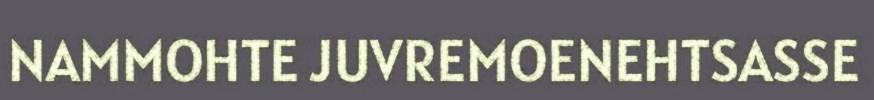
NAMMOHTE JUVREMOENEHTSASSE